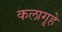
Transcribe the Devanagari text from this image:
कलागृहे